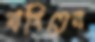
দাগিতেন